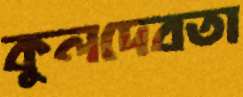
কুলদেবতা